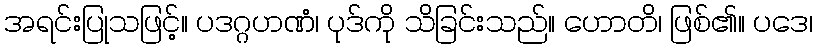
အရင်းပြုသဖြင့်။ ပဒဂ္ဂဟဏံ၊ ပုဒ်ကို သိခြင်းသည်။ ဟောတိ၊ ဖြစ်၏။ ပဒေ၊